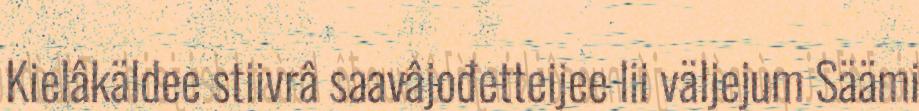
Kielâkäldee stiivrâ saavâjođetteijee lii väljejum Säämi